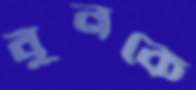
বুনকে